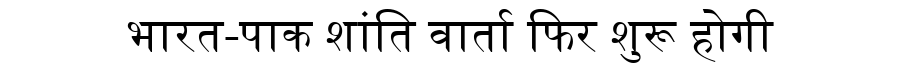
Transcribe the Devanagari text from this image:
भारत-पाक शांति वार्ता फिर शुरू होगी